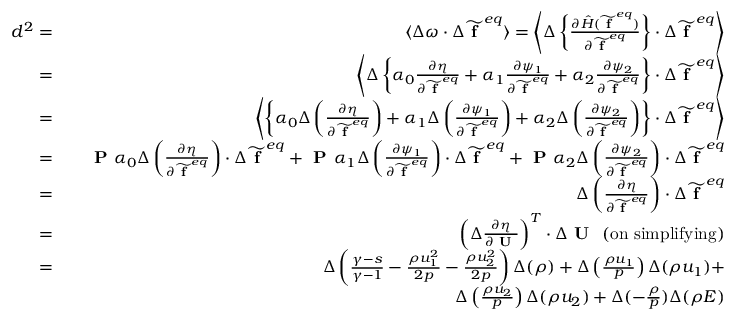
\begin{array} { r l r } { d ^ { 2 } = } & { } & { \langle \Delta \omega \cdot \Delta \widetilde { \textbf { f } } ^ { e q } \rangle = \left\langle \Delta \left\{ \frac { \partial \hat { H } ( \widetilde { \textbf { f } } ^ { e q } ) } { \partial \widetilde { \textbf { f } } ^ { e q } } \right\} \cdot \Delta \widetilde { \textbf { f } } ^ { e q } \right\rangle } \\ { = } & { } & { \left\langle \Delta \left\{ \boldsymbol { \alpha } _ { 0 } \frac { \partial \eta } { \partial \widetilde { \textbf { f } } ^ { e q } } + \boldsymbol { \alpha } _ { 1 } \frac { \partial \psi _ { 1 } } { \partial \widetilde { \textbf { f } } ^ { e q } } + \boldsymbol { \alpha } _ { 2 } \frac { \partial \psi _ { 2 } } { \partial \widetilde { \textbf { f } } ^ { e q } } \right\} \cdot \Delta \widetilde { \textbf { f } } ^ { e q } \right\rangle } \\ { = } & { } & { \left\langle \left\{ \boldsymbol { \alpha } _ { 0 } \Delta \left( \frac { \partial \eta } { \partial \widetilde { \textbf { f } } ^ { e q } } \right) + \boldsymbol { \alpha } _ { 1 } \Delta \left( \frac { \partial \psi _ { 1 } } { \partial \widetilde { \textbf { f } } ^ { e q } } \right) + \boldsymbol { \alpha } _ { 2 } \Delta \left( \frac { \partial \psi _ { 2 } } { \partial \widetilde { \textbf { f } } ^ { e q } } \right) \right\} \cdot \Delta \widetilde { \textbf { f } } ^ { e q } \right\rangle } \\ { = } & { } & { \textbf { P } \boldsymbol { \alpha } _ { 0 } \Delta \left( \frac { \partial \eta } { \partial \widetilde { \textbf { f } } ^ { e q } } \right) \cdot \Delta \widetilde { \textbf { f } } ^ { e q } + \textbf { P } \boldsymbol { \alpha } _ { 1 } \Delta \left( \frac { \partial \psi _ { 1 } } { \partial \widetilde { \textbf { f } } ^ { e q } } \right) \cdot \Delta \widetilde { \textbf { f } } ^ { e q } + \textbf { P } \boldsymbol { \alpha } _ { 2 } \Delta \left( \frac { \partial \psi _ { 2 } } { \partial \widetilde { \textbf { f } } ^ { e q } } \right) \cdot \Delta \widetilde { \textbf { f } } ^ { e q } } \\ { = } & { } & { \Delta \left( \frac { \partial \eta } { \partial \widetilde { \textbf { f } } ^ { e q } } \right) \cdot \Delta \widetilde { \textbf { f } } ^ { e q } } \\ { = } & { } & { \left( \Delta \frac { \partial \eta } { \partial \textbf { U } } \right) ^ { T } \cdot \Delta \textbf { U } \mathrm { ~ ( o n ~ s i m p l i f y i n g ) } } \\ { = } & { } & { \Delta \left( \frac { \gamma - s } { \gamma - 1 } - \frac { \rho u _ { 1 } ^ { 2 } } { 2 p } - \frac { \rho u _ { 2 } ^ { 2 } } { 2 p } \right) \Delta ( \rho ) + \Delta \left( \frac { \rho u _ { 1 } } { p } \right) \Delta ( \rho u _ { 1 } ) + } \\ & { } & { \Delta \left( \frac { \rho u _ { 2 } } { p } \right) \Delta ( \rho u _ { 2 } ) + \Delta ( - \frac { \rho } { p } ) \Delta ( \rho E ) } \end{array}